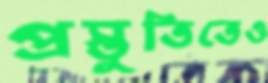
প্রস্তুতিতেও